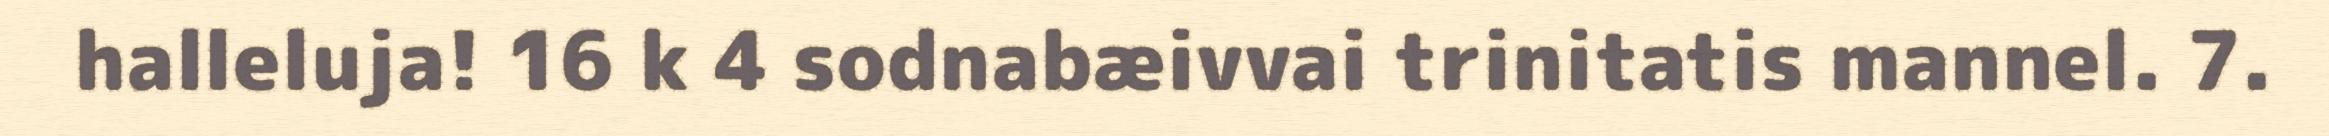
halleluja! 16 k 4 sodnabæivvai trinitatis mannel. 7.